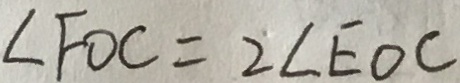
\angle F O C = 2 \angle E O C